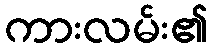
ကားလမ်း၏